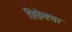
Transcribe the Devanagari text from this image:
प्रिफ़ेक्चर